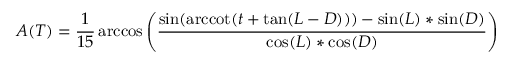
A ( T ) = { \frac { 1 } { 1 5 } } \operatorname { a r c c o s } \left( { \frac { \sin ( \operatorname { a r c c o t } ( t + \tan ( L - D ) ) ) - \sin ( L ) * \sin ( D ) } { \cos ( L ) * \cos ( D ) } } \right)